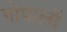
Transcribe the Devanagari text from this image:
गोपालों